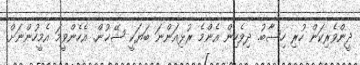
ދީންވެރިކަން ހުރި ހިސާބު. ދިވެހިން އެންމެ ރުޅިއަންނަ ބަޔަކީ ޝޭޚުން. އެހެންވީމަ އެމީހުންނަށް